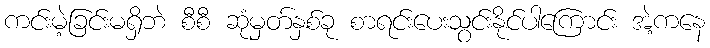
ကင်းမဲ့ခြင်းမရှိဘဲ စီစီ ဆုံမှတ်နှစ်ခု စာရင်းပေးသွင်းနိုင်ပါကြောင်း အဲ့ကနေ